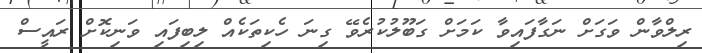
ރިލްވާން ވަގަށް ނަގާފައިވާ ކަމަށް ގަބޫލުކުރެވޭ ގިނަ ހެކިތަކެއް ލިބިފައި ވަނިކޮށް ރައީސް